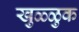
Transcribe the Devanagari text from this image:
खुळ्ळुक